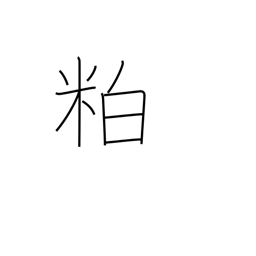
Meaning: scrap